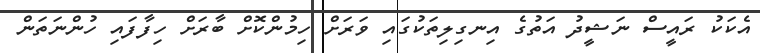
އެކަކު ރައީސް ނަޝީދު އަތުގެ އިނގިލިތަކުގައި ވަރަށް ހިމުންކޮށް ބާރަށް ހިފާފައި ހުންނަތަން